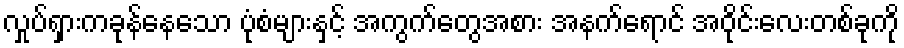
လှုပ်ရှားကခုန်နေသော ပုံစံများနှင့် အကွက်တွေအစား အနက်ရောင် အဝိုင်းလေးတစ်ခုကို